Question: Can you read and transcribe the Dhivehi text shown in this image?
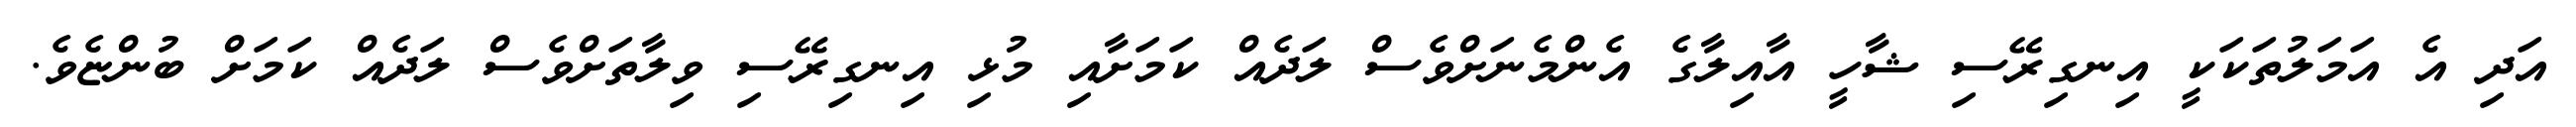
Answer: އަދި އެ އަމަލުތަކަކީ އިނގިރޭސި ޝާހީ އާއިލާގެ އެންމެނަށްވެސް ލަދެއް ކަމަށާއި މުޅި އިނގިރޭސި ވިލާތަށްވެސް ލަދެއް ކަމަށް ބުންޏެވެ.